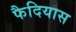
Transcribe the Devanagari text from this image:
फैदियास